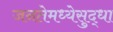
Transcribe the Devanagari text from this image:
जनतेमध्येसुद्धा